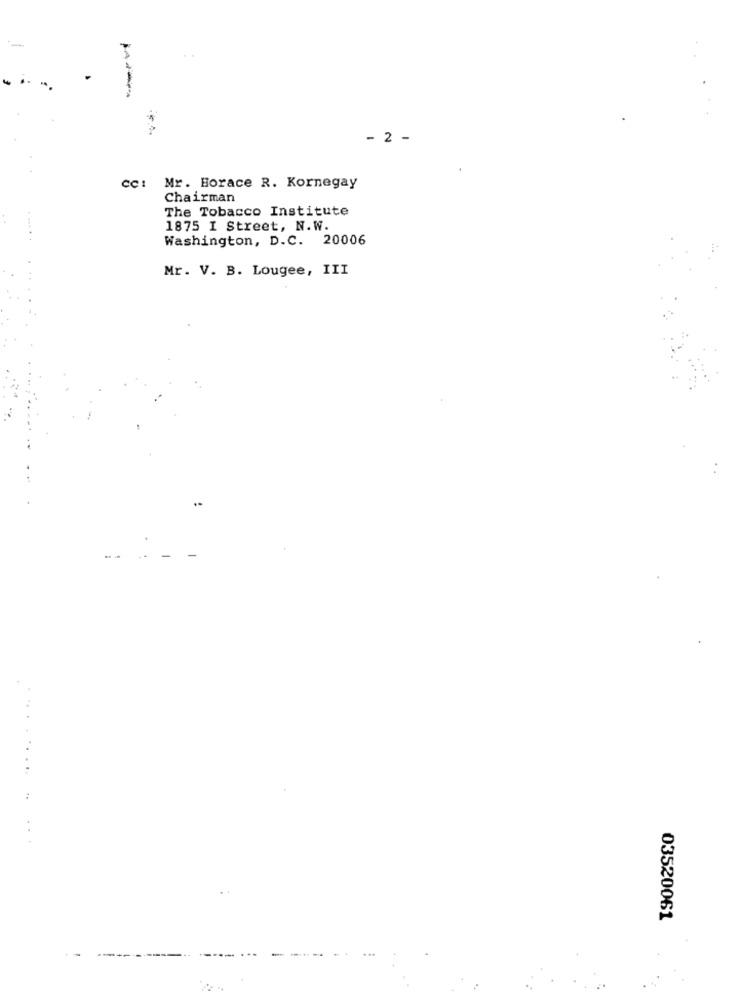
- 2 -
cc: Mr. Borace R. Kornegay
Chairman
The Tobacco Institute
1875 I Street, N.W.
Washington, D.C. 20006
Mr. V. B. Lougee, III
-
03520061
-